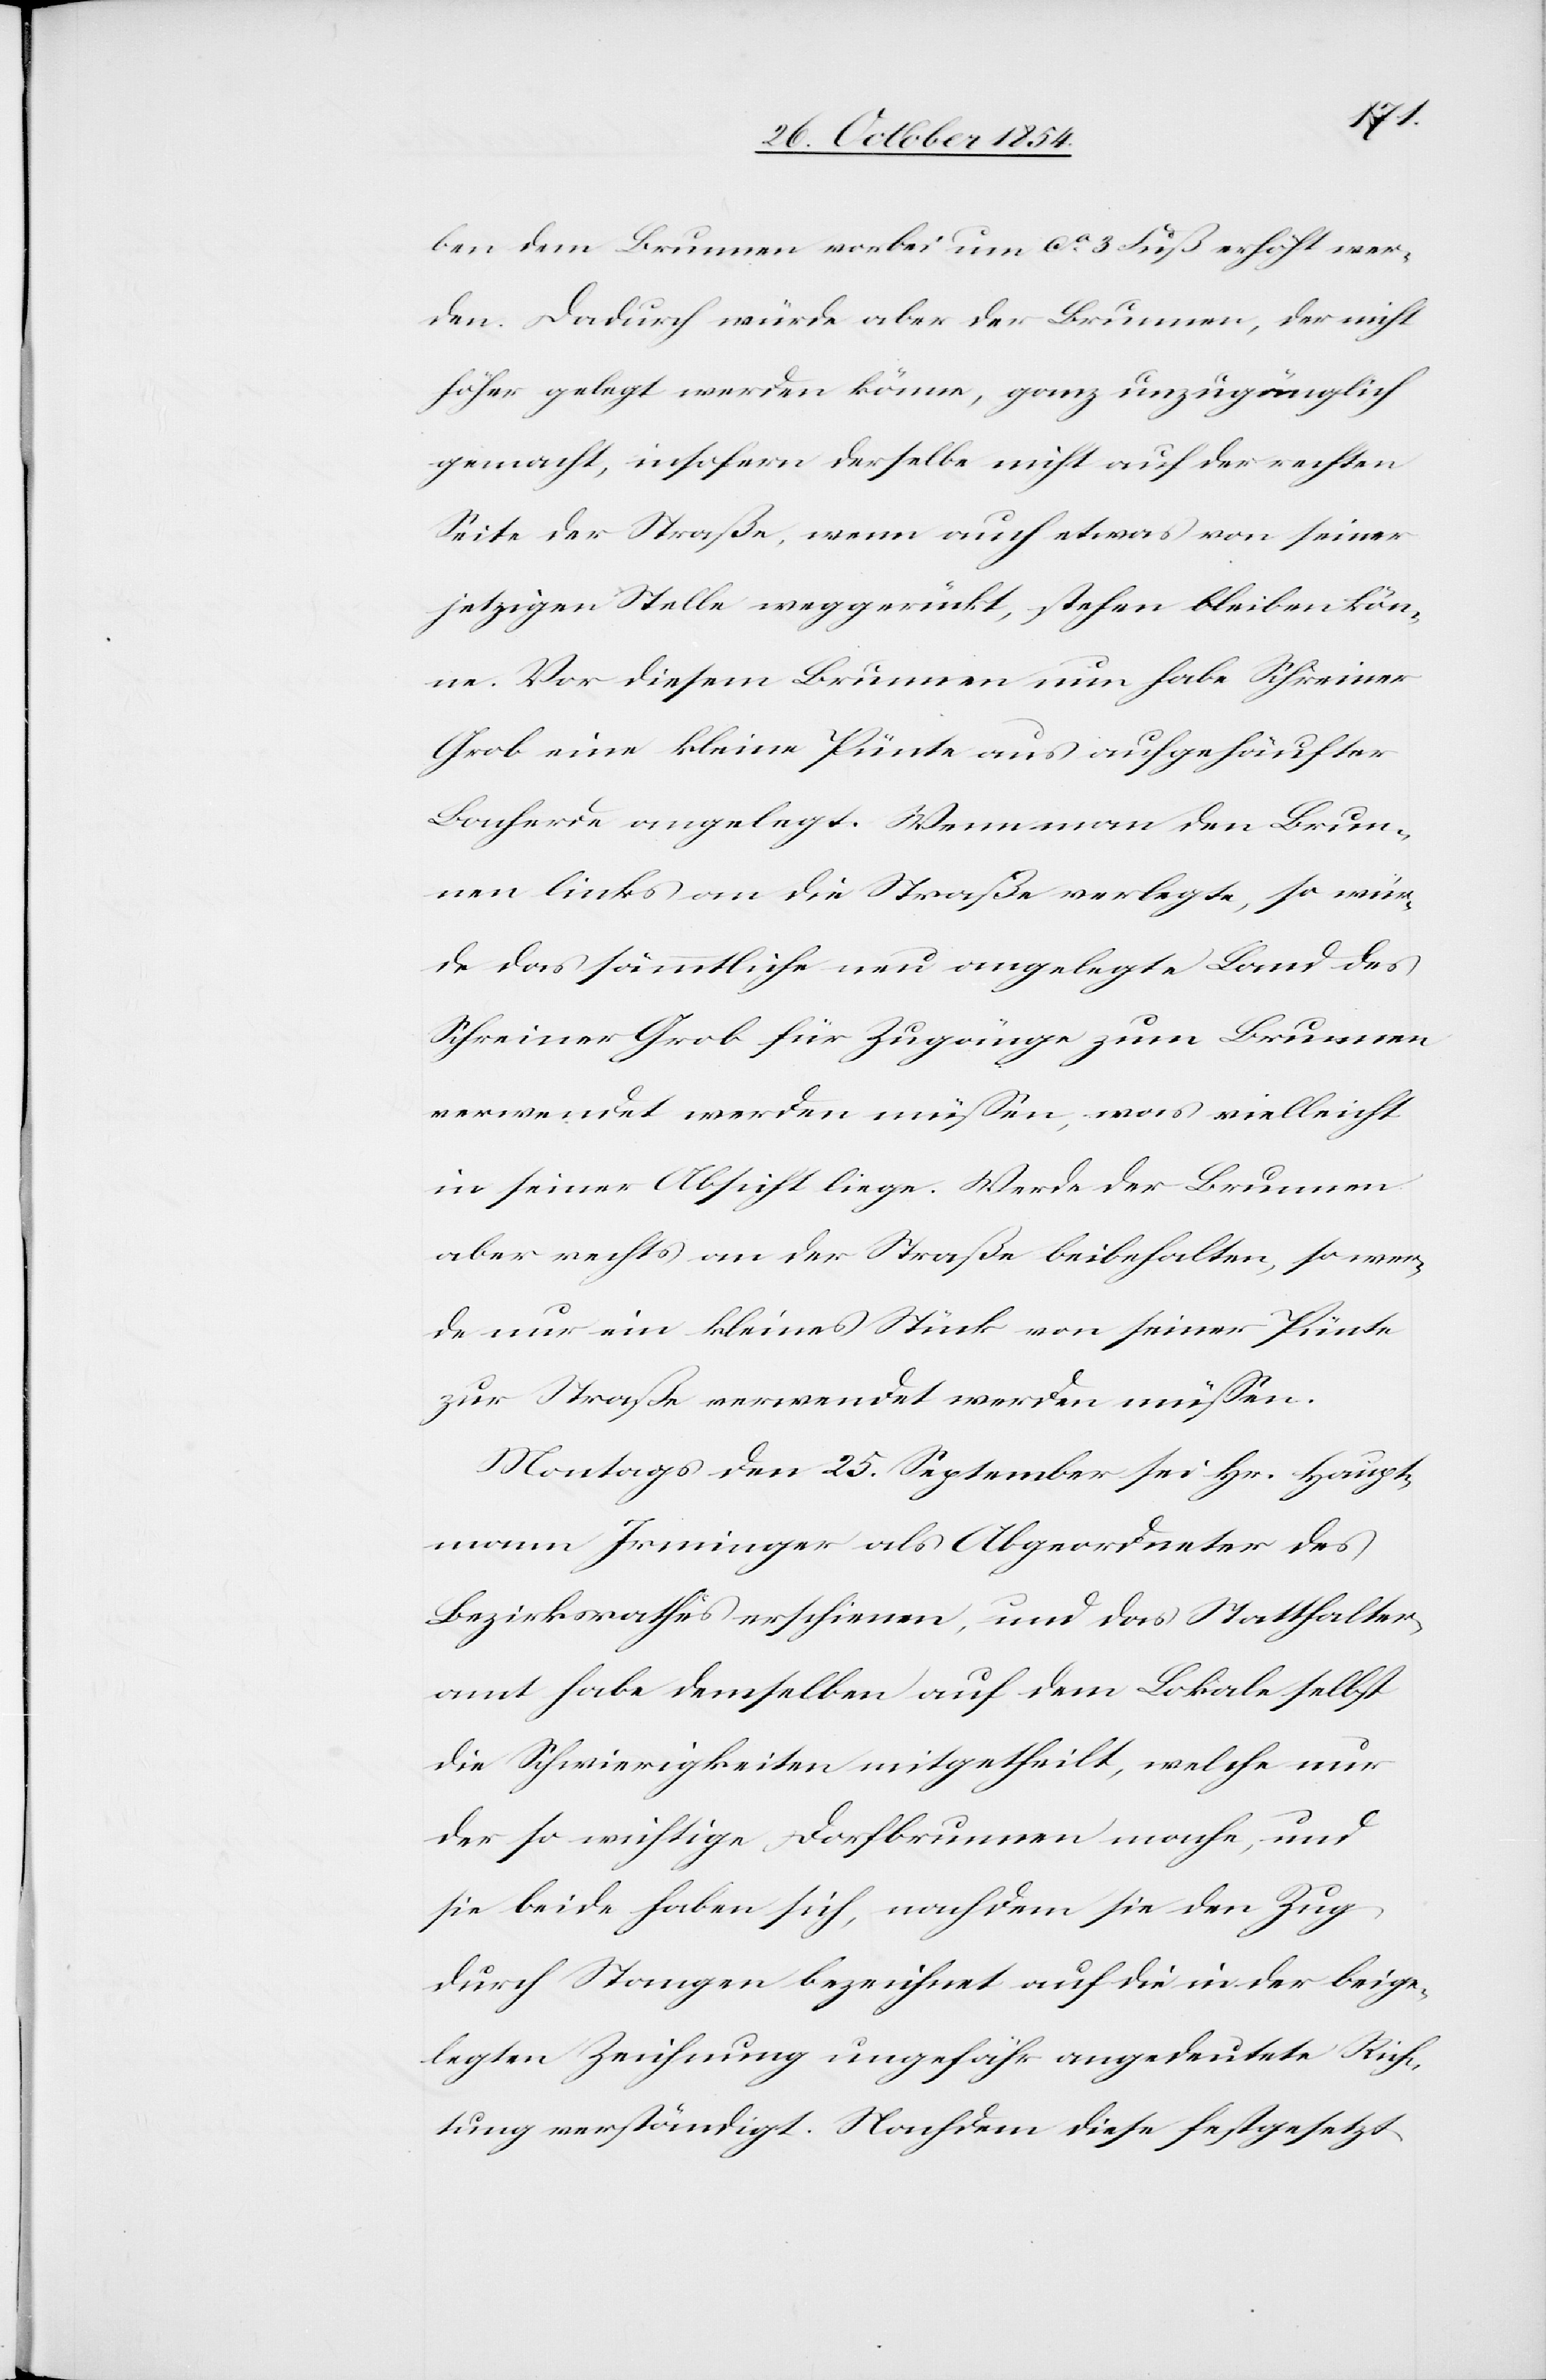
ben dem Brunnen vorbei um ca 3 Fuß erhöht wer¬
den. Dadurch würde aber der Brunnen, der nicht
höher gelegt werden könne, ganz unzugänglich
gemacht, insofern derselbe nicht auf der rechten
Seite der Straße, wenn auch etwas von seiner
jetzigen Stelle weggerückt, stehen bleiben kön¬
ne. Vor diesem Brunnen nun habe Schreiner
Grob eine kleine Pünte aus aufgehäufter
Bacherde angelegt. Wenn man den Brun¬
nen links an die Straße verlegte, so wür¬
de das sämmtliche neu angelegte Land des
Schreiner Grob für Zugänge zum Brunnen
verwendet werden müßen, was vielleicht
in seiner Absicht liege. Werde der Brunnen
aber rechts an der Straße beibehalten, so wer¬
de nur ein kleines Stück von seiner Pünte
zur Straße verwendet werden müßen.
Montags den 25. September sei Hr. Haupt¬
mann Irminger als Abgeordneter des
Bezirksrathes erschienen, und das Statthalter¬
amt habe demselben auf dem Lokale selbst
die Schwierigkeiten mitgetheilt, welche nur
der so wichtige Dorfbrunnen mache, und
sie beide haben sich, nachdem sie den Zug
durch Stangen bezeichnet auf die in der beige¬
legten Zeichnung ungefähr angedeutete Rich¬
tung verständigt. Nachdem diese festgesetzt